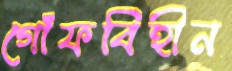
গোঁফবিহীন